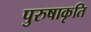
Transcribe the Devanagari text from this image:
पुरुषाकृति